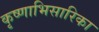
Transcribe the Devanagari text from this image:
कृष्णाभिसारिका